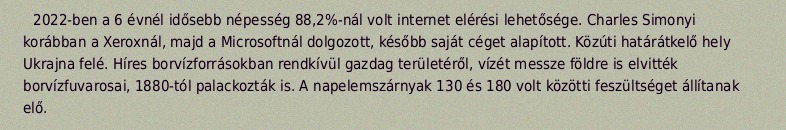
2022-ben a 6 évnél idősebb népesség 88,2%-nál volt internet elérési lehetősége. Charles Simonyi korábban a Xeroxnál, majd a Microsoftnál dolgozott, később saját céget alapított. Közúti határátkelő hely Ukrajna felé. Híres borvízforrásokban rendkívül gazdag területéről, vízét messze földre is elvitték borvízfuvarosai, 1880-tól palackozták is. A napelemszárnyak 130 és 180 volt közötti feszültséget állítanak elő.